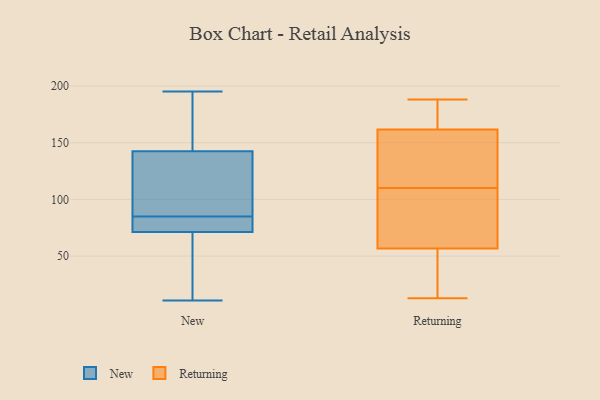
{"axis": {"x": "Bounce Rate (%)", "y": "Value"}, "legend": ["New", "Returning"], "data": [{"x": "", "y": 150, "type": "New"}, {"x": "", "y": 167, "type": "New"}, {"x": "", "y": 120, "type": "New"}, {"x": "", "y": 72, "type": "New"}, {"x": "", "y": 71, "type": "New"}, {"x": "", "y": 74, "type": "New"}, {"x": "", "y": 11, "type": "New"}, {"x": "", "y": 85, "type": "New"}, {"x": "", "y": 195, "type": "New"}, {"x": "", "y": 52, "type": "New"}, {"x": "", "y": 117, "type": "New"}, {"x": "", "y": 188, "type": "Returning"}, {"x": "", "y": 164, "type": "Returning"}, {"x": "", "y": 126, "type": "Returning"}, {"x": "", "y": 79, "type": "Returning"}, {"x": "", "y": 13, "type": "Returning"}, {"x": "", "y": 184, "type": "Returning"}, {"x": "", "y": 154, "type": "Returning"}, {"x": "", "y": 52, "type": "Returning"}, {"x": "", "y": 172, "type": "Returning"}, {"x": "", "y": 41, "type": "Returning"}, {"x": "", "y": 100, "type": "Returning"}, {"x": "", "y": 71, "type": "Returning"}, {"x": "", "y": 145, "type": "Returning"}, {"x": "", "y": 164, "type": "Returning"}, {"x": "", "y": 81, "type": "Returning"}, {"x": "", "y": 127, "type": "Returning"}, {"x": "", "y": 110, "type": "Returning"}, {"x": "", "y": 14, "type": "Returning"}, {"x": "", "y": 16, "type": "Returning"}]}